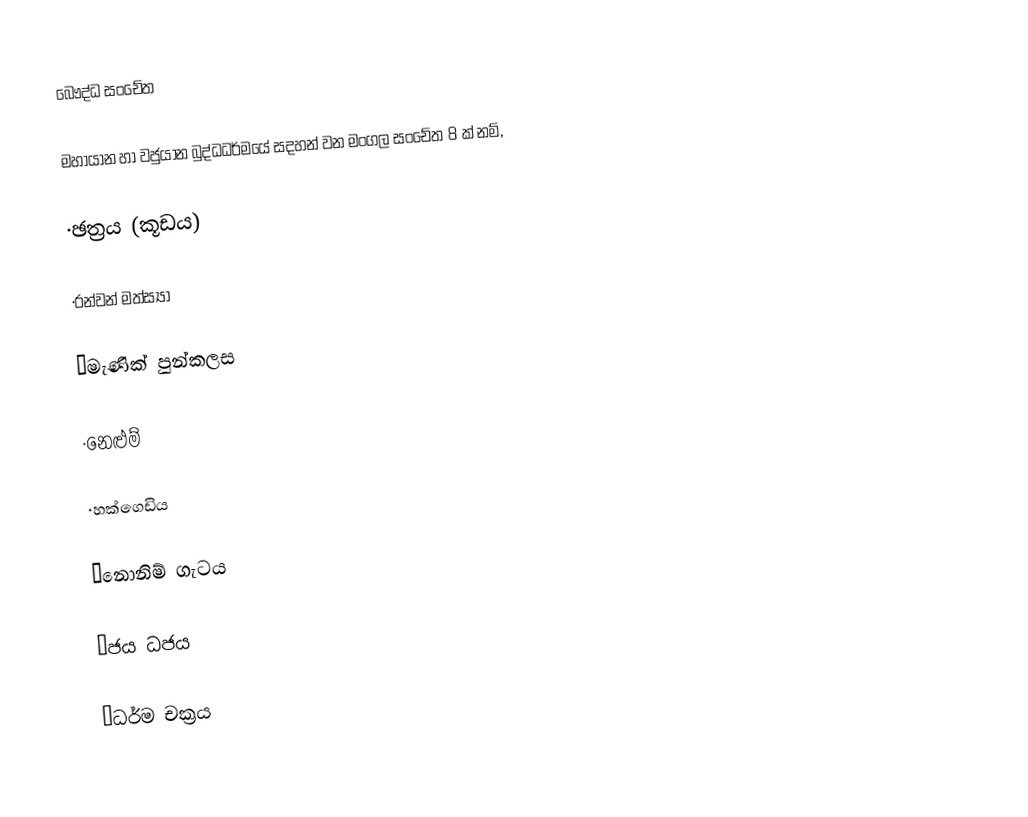
බෞද්ධ සංචේත

මහායාන හා වජුයාන බුද්ධධර්මයේ සදහන් වන මංගල සංචේත 8 ක් නම්,

·ඡත්‍රය (කූඩය)

·රන්වන් මත්ස්‍යා

·මැණික් පුන්කලස

·නෙළුම්

·හක්ගෙඩිය

·නොනිම් ගැටය

·ජය ධජය

·ධර්ම චක්‍රය